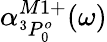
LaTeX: \alpha_{^3P_{0}^{o}}^{M1+}(\omega)